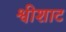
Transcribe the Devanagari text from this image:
श्वीशाट